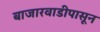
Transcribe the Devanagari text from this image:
बाजारवाडीपासून